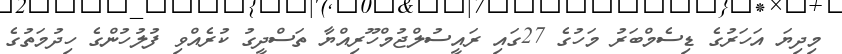
މިދިޔަ އަހަރުގެ ޑިސެމްބަރު މަހުގެ 27ގައި ރައީސުލްޖުމްހޫރިއްޔާ ތަސްދީގު ކުރެއްވި ފުލުހުންގެ ހިދުމަތުގެ